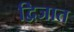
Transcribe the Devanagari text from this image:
द्विजात